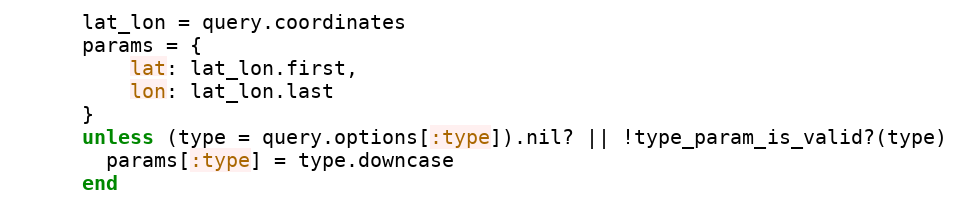
Language: Ruby
      lat_lon = query.coordinates
      params = {
          lat: lat_lon.first,
          lon: lat_lon.last
      }
      unless (type = query.options[:type]).nil? || !type_param_is_valid?(type)
        params[:type] = type.downcase
      end